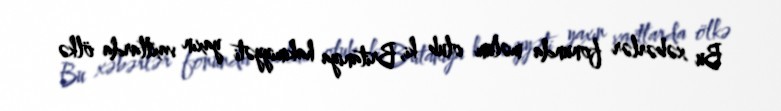
Bu xəbərlər fonunda məlum olub ki, Britaniya hakimiyyəti yaxın vaxtlarda ölkə